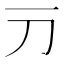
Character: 𬺳